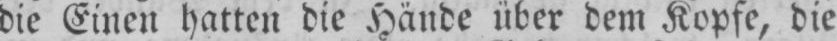
die Einen hatten die Hände über dem Kopfe, die